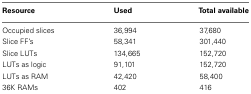
| Resource | Used | Total available |
 | --- | --- | --- |
 | Occupied slices | 36,994 | 37,680 |
 | Slice FF’s | 58,341 | 301,440 |
 | Slice LUTs | 134,665 | 152,720 |
 | LUTs as logic | 91,101 | 152,720 |
 | LUTs as RAM | 42,420 | 58,400 |
 | 36K RAMs | 402 | 416 |